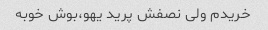
خریدم ولی نصفش پرید یهو،بوش خوبه